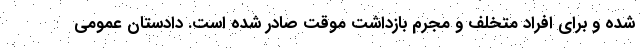
شده و برای افراد متخلف و مجرم بازداشت موقت صادر شده است. دادستان عمومی